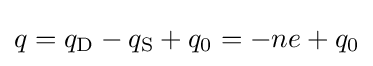
q=q_{\rm {D}}-q_{\rm {S}}+q_{0}=-ne+q_{0}